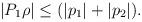
LaTeX: \begin{align*} |P_1\rho|\leq (|p_1|+|p_2|). \end{align*}